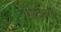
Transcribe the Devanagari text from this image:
मिटेगा